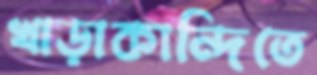
খাড়াকান্দিতে